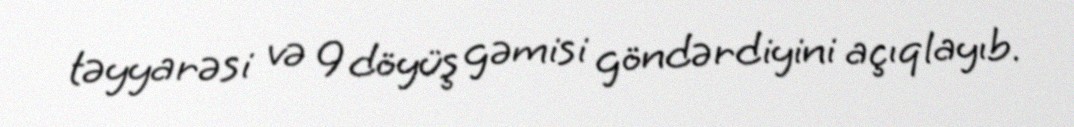
təyyarəsi və 9 döyüş gəmisi göndərdiyini açıqlayıb.